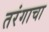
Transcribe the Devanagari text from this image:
तरंगाचा